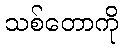
သစ်တောကို